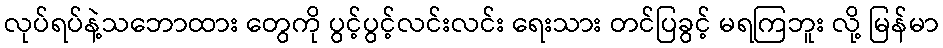
လုပ်ရပ်နဲ့သဘောထား တွေကို ပွင့်ပွင့်လင်းလင်း ရေးသား တင်ပြခွင့် မရကြဘူး လို့ မြန်မာ